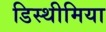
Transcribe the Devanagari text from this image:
डिस्थीमिया